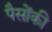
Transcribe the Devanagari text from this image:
पैसोंकी